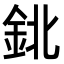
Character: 鉳